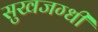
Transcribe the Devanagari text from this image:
सुखजग्धी